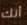
أنك